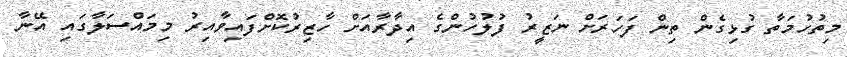
މިތުހުމަތާ ގުޅިގެން ތިން ފަހަރަށް ނަޒީރު ފުލުހުންގެ އިދާރާއަށް ހާޒިރުކޮށްފައިވާއިރު މިމައްސަލާގައި އޭނާ